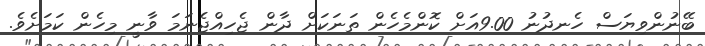
ބޭނުންވިޔަސް ހެނދުނު 9.00އަށް ކޮންމެހެން ތަނަކަށް ދާން ޖެހިއްޖެނަމަ ވާނީ މިހެން ކަމަށެވެ.